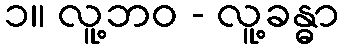
၁။ လူ့ဘဝ - လူ့ခန္ဓာ